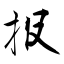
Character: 报